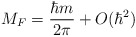
\begin{align*}M_{F}=\frac{\hbar m}{2\pi }+O(\hbar ^{2})\end{align*}